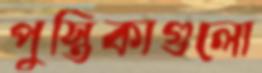
পুস্তিকাগুলো